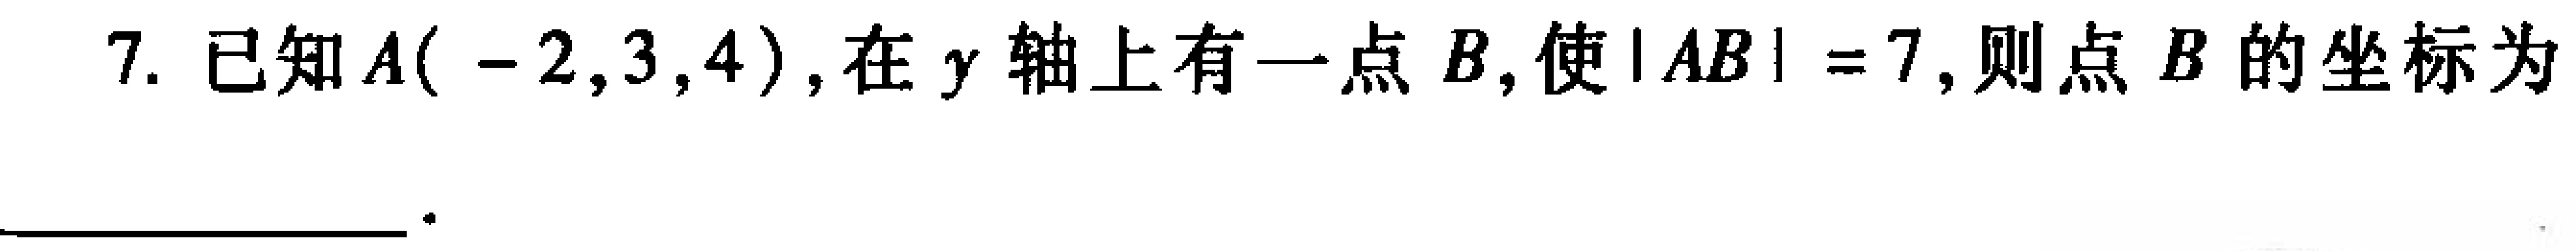
7. 已知\(A(-2,3,4)\)，在\(y\)轴上有一点\(B\)，使\(\vert AB\vert = 7\)，则点\(B\)的坐标为  。